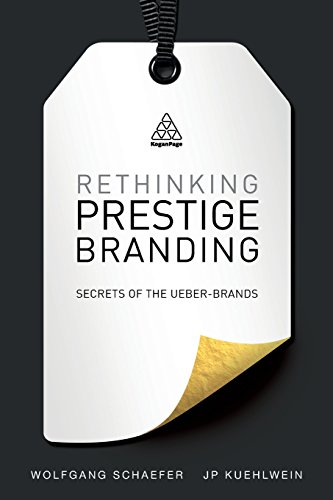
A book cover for Rethinking Prestige Branding: Secrets of the Ueber-Brands; Wolfgang Schaefer; Business & Money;